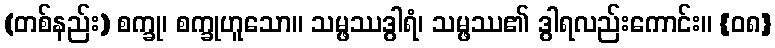
(တစ်နည်း) စက္ခု၊ စက္ခုဟူသော။ သမ္ဖဿဒွါရံ၊ သမ္ဖဿ၏ ဒွါရလည်းကောင်း။ {၀၈}